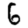
Digit: 6